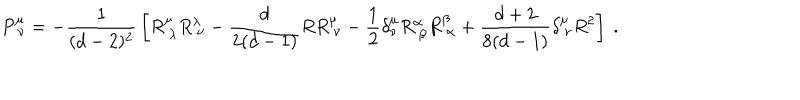
P _ { \ \nu } ^ { \mu } = - { \frac { 1 } { ( d - 2 ) ^ { 2 } } } \left[ R _ { \ \lambda } ^ { \mu } R _ { \ \nu } ^ { \lambda } - { \frac { d } { 2 ( d - 1 ) } } R R _ { \ \nu } ^ { \mu } - { \frac { 1 } { 2 } } \delta _ { \nu } ^ { \mu } R _ { \ \beta } ^ { \alpha } R _ { \ \alpha } ^ { \beta } + { \frac { d + 2 } { 8 ( d - 1 ) } } \delta _ { \ \nu } ^ { \mu } R ^ { 2 } \right] \ .